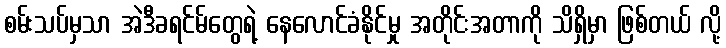
စမ်းသပ်မှသာ အဲဒီခရင်မ်တွေရဲ့ နေလောင်ခံနိုင်မှု အတိုင်းအတာကို သိရှိမှာ ဖြစ်တယ် လို့